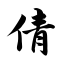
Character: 倩